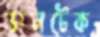
ডানটেক